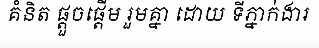
គំនិត ផ្តួចផ្តើម រួមគ្នា ដោយ ទីភ្នាក់ងារ